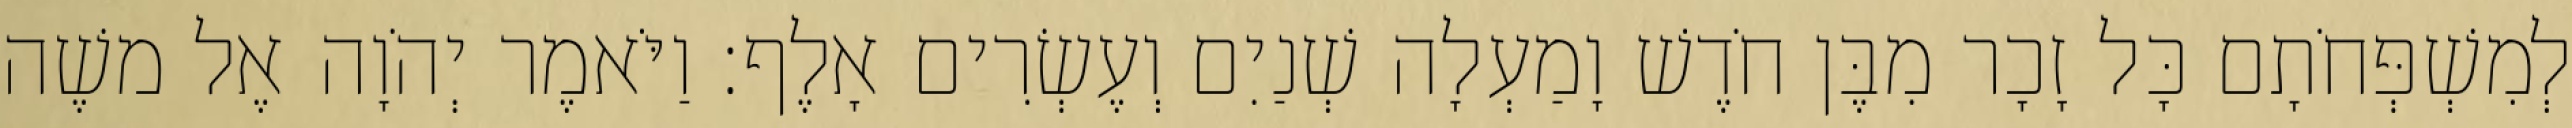
לְמִשְׁפְּחֹתָם כָּל זָכָר מִבֶּן חֹדֶשׁ וָמַעְלָה שְׁנַיִם וְעֶשְׂרִים אָלֶף׃ וַיֹּאמֶר יְהֹוָה אֶל משֶׁה